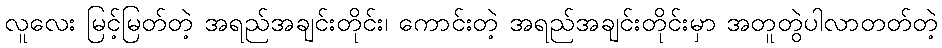
လူလေး မြင့်မြတ်တဲ့ အရည်အချင်းတိုင်း၊ ကောင်းတဲ့ အရည်အချင်းတိုင်းမှာ အတူတွဲပါလာတတ်တဲ့